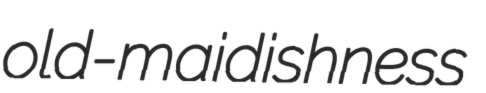
old-maidishness